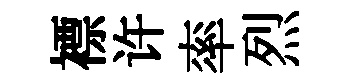
褾许率烈